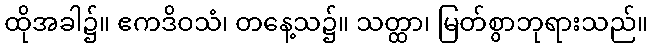
ထိုအခါ၌။ ဧကဒိဝသံ၊ တနေ့သ၌။ သတ္ထာ၊ မြတ်စွာဘုရားသည်။